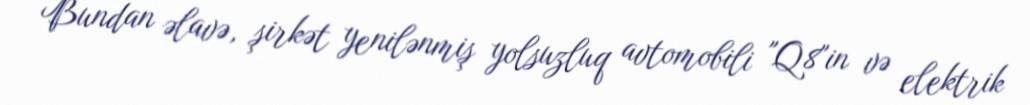
Bundan əlavə, şirkət yenilənmiş yolsuzluq avtomobili "Q8"in və elektrik